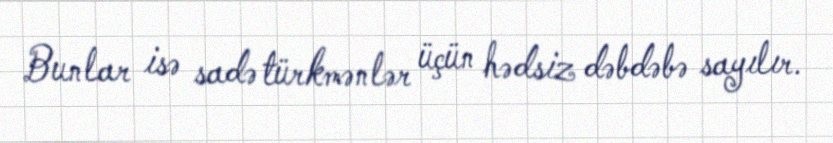
Bunlar isə sadə türkmənlər üçün hədsiz dəbdəbə sayılır.